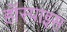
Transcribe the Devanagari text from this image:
हॉस्पाइस